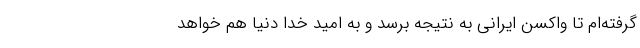
گرفته‌ام تا واکسن ایرانی به نتیجه برسد و به امید خدا دنیا هم خواهد